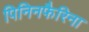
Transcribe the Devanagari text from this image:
पिनिनफैरिना